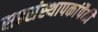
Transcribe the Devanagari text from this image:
सहसंस्थापकांपैकी